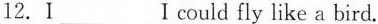
12. I ___ I could fly like a bird.